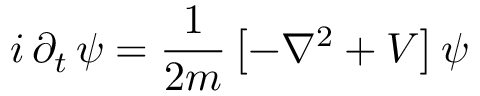
i \, \partial _ { t } \, \psi = \frac { 1 } { 2 m } \left[ - \nabla ^ { 2 } + V \right] \psi